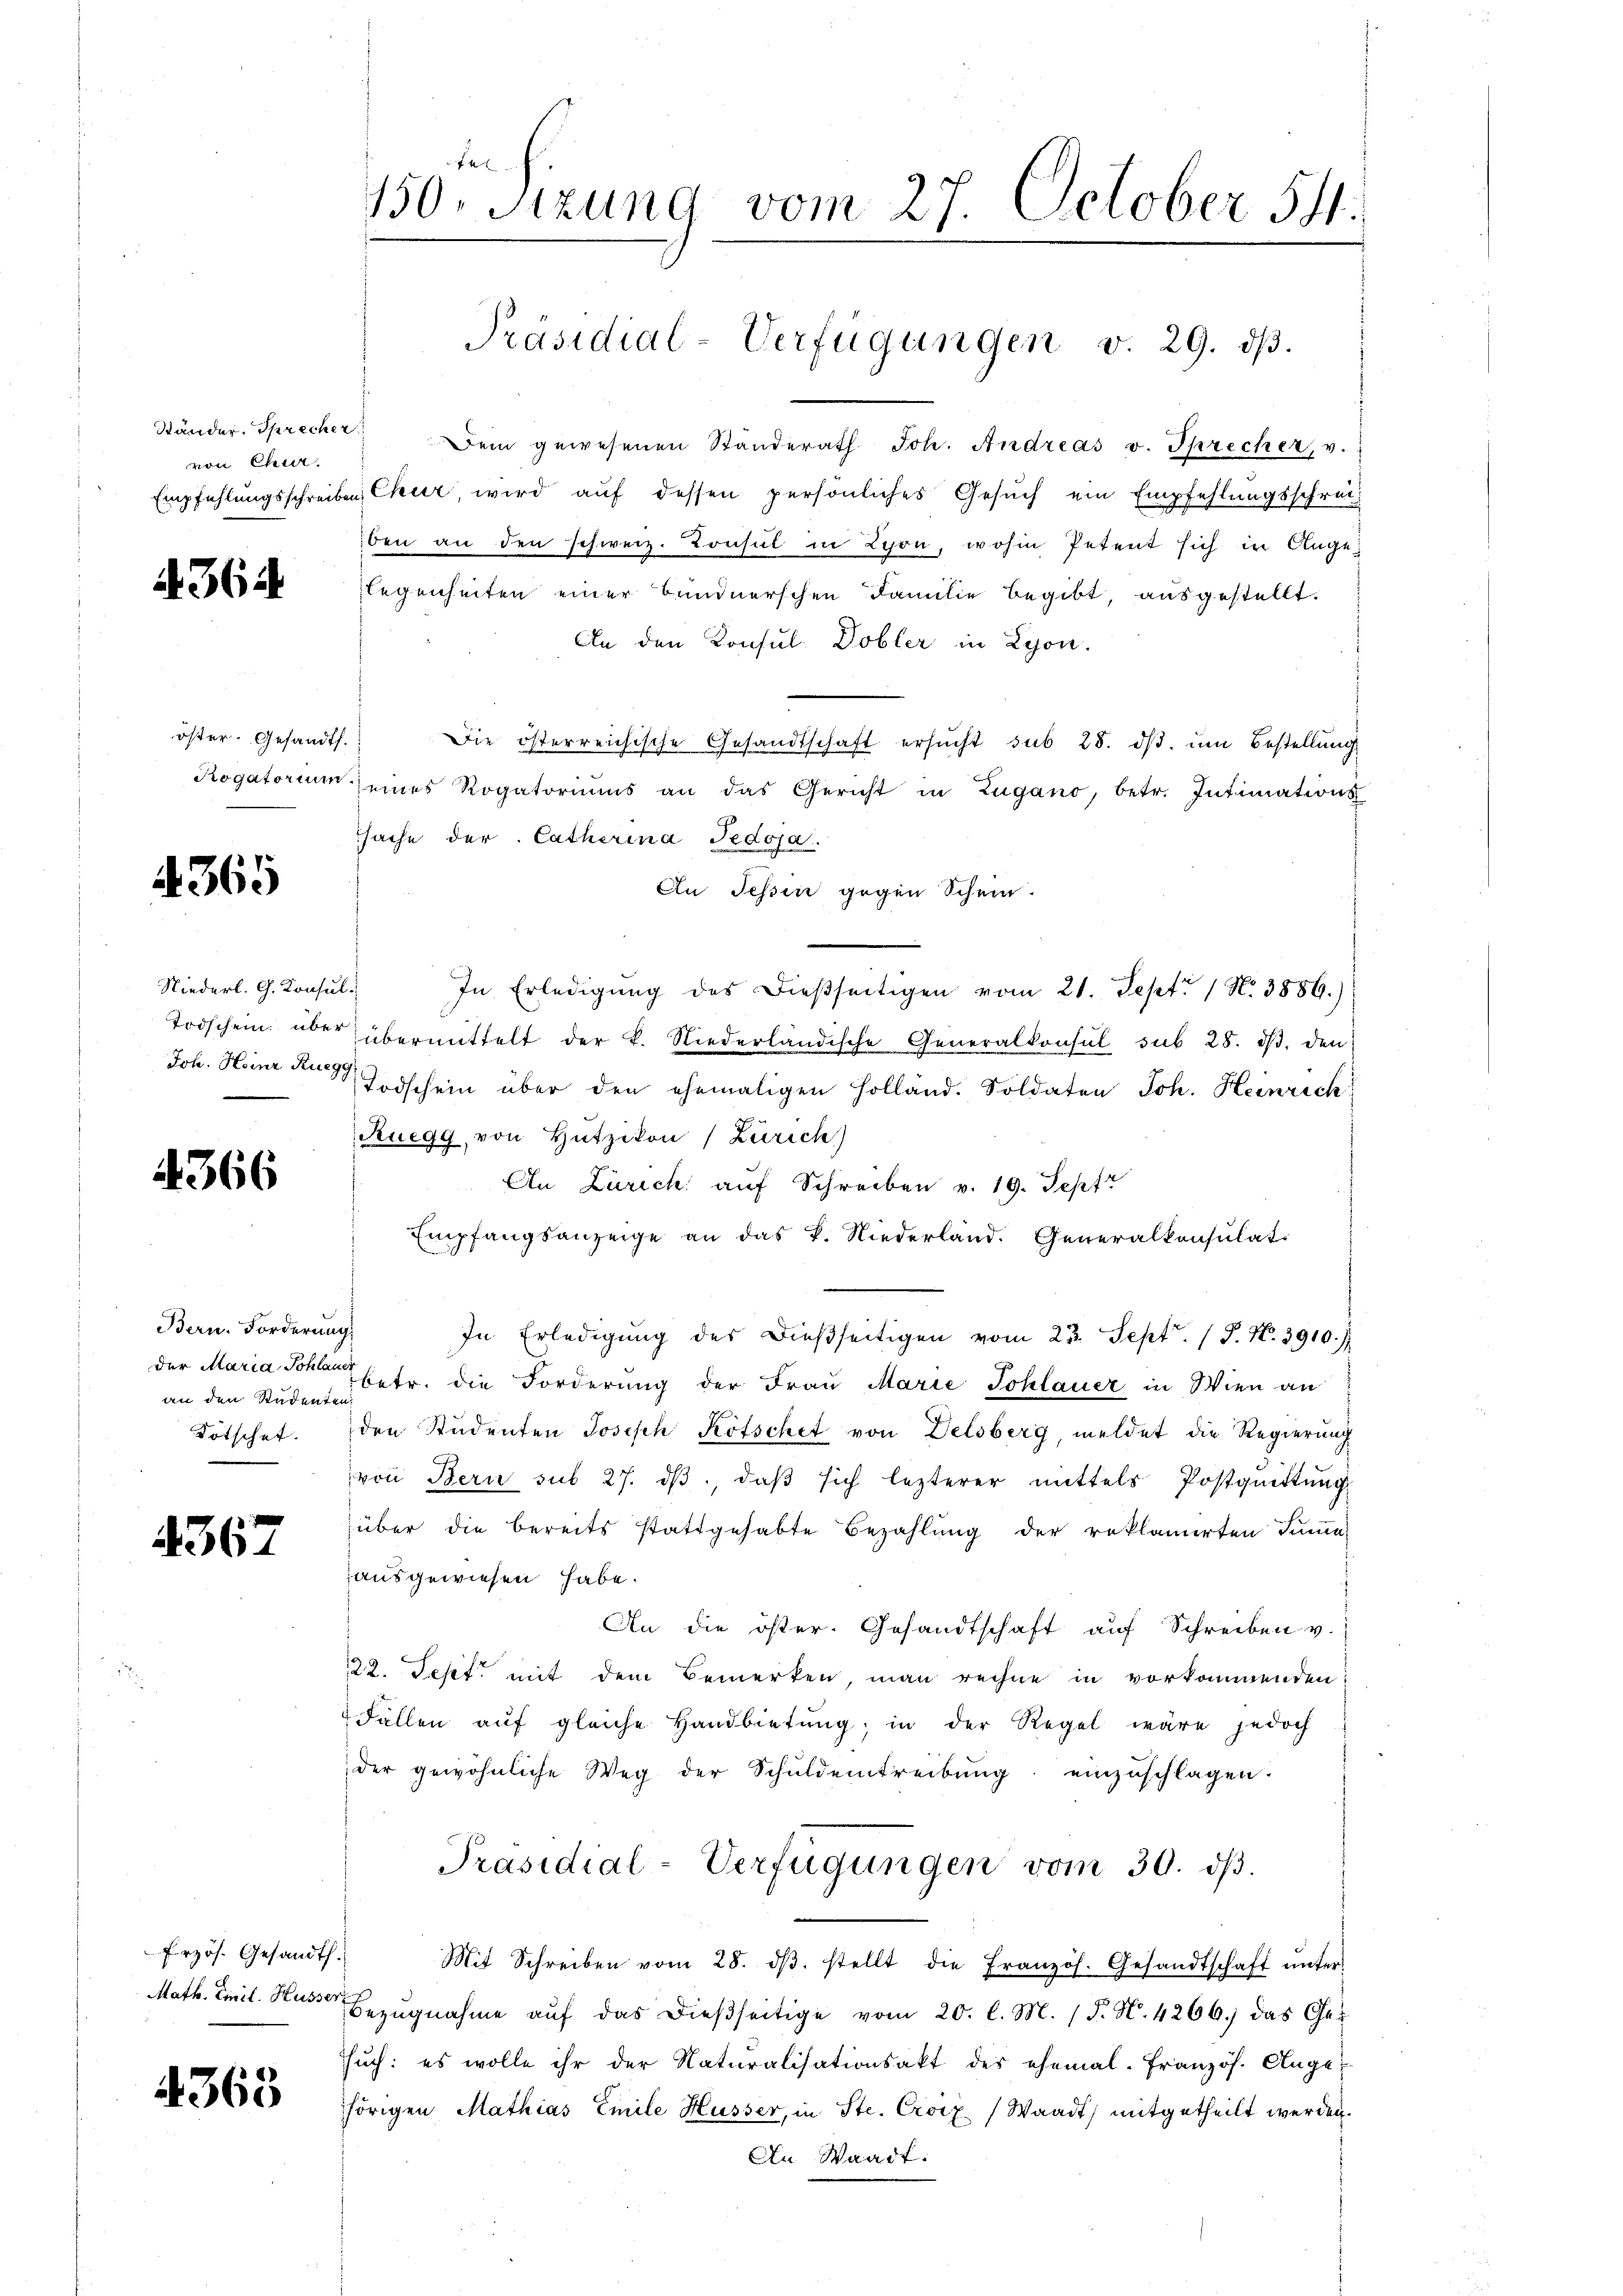
Ständer. Sprecher
von Chur.

A 364

öster. Gesandts.
Rogatorium

4365

Niederl. G. Konsu
Todschein über
Joh. Heinr Rucz

366

Bern. Forderung
der Maria Schlauer
an den Studenten.

4367

Erzös. Gesandts
Math. Einil. Husser

4363

f 4 x
150. Sizung vom 27. October 541.
Präsidial-Verfügungen v. 29. dβ.

Dein gewesenen Ständerath Joh. Andreas v. Sprecher, v.
Empfehlungsschreiben Chur, wird auf dessen persönliches Gesuch ein Empfehlungsschrei
ben an den schweiz. Konsul in Lyon, wohin Petent sich in Angelegenheiten einer Bundnerschen Familie begibt, ausgestellt.
An den Konsul Dobler in Lyon.
Die österreichische Gesandtschaft ersucht sub 28. dβ, um Bestellung
seines Rogatoriums an das Gericht in Zugano, betr. Intimations-
sache der Catherina Tedoja.
An Tessin gegen Schein.
In Erledigung des dießseitigen vom 21. Sept. 1 No 3889.)
übermittelt der K. Niederländische Generalkonsul sub 28. dβ. den
Todschein über den ehemaligen Holland. Soldaten Joh. Heinrich
Ruegg, von Hutzikon (Zürich)
An Zürich auf Schreiben v. 19. Sept
Empfangsanzeige an das k. Niederland. Generalkonsulat.
In Erledigŭng des dießseitigen vom 23. Sept. (T. N. 3910.
betr. die Forderung der Fraŭ Marie Johlauer in Wien an
Kötschet. den Studenten Joseph Kötschet von Delsberg, meldet die Regierung
von Bern sub 27. dβ, daß sich lezterer mittels Postquittung
über die bereits stattgehabte Bezahlung der reklamirten Tuma
ausgewiesen habe.
An die öster. Gesandtschaft auf Schreiben v.
122. Sept. mit dem Bemerken, man rechne in vorkommenden
Fällen auf gleiche Handbietung; in der Regel wäre jedoch
der gewöhnliche Weg der Schuldentreibŭng einzuschlagen.
Präsidial-Verfügungen vom 30. dβ.
Mit Schreiben vom 28. dβ. stellt die Französ. Gesandtschaft ŭnter-
Bezŭgnahme aŭf das dießseitige vom 20. l. M. (T. N. 4266.) das Ge-
such: es wolle ihr der Naturalisationsakt der ehemal-Französ. Auge,
hörigen Mathias Emile Husser, in Ste. Croix (Waadt) mitgetheilt werden.
An Waadt.